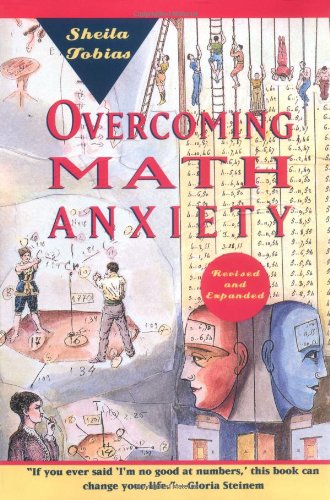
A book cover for Overcoming Math Anxiety; Sheila Tobias; Science & Math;